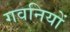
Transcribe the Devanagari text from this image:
गवनियों